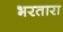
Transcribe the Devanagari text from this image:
भरतारा